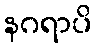
နဂရာပိ